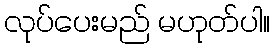
လုပ်ပေးမည် မဟုတ်ပါ။